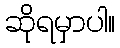
ဆိုရမှာပါ။